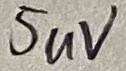
Text: 50uV